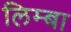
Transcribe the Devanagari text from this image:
लिम्बा